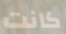
كانت